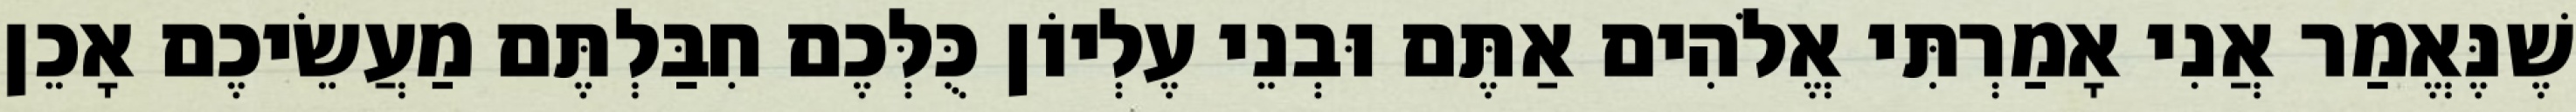
שֶׁנֶּאֱמַר אֲנִי אָמַרְתִּי אֱלֹהִים אַתֶּם וּבְנֵי עֶלְיוֹן כֻּלְּכֶם חִבַּלְתֶּם מַעֲשֵׂיכֶם אָכֵן